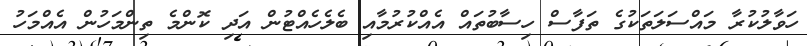
ހަވާލުކުރާ މައްސަލަތަކުގެ ތަފާސް ހިސާބުތައް އެއްކުރުމާއި ބެލެހެއްޓުން އަދި ކޮންމެ ތިންމަހުން އެއްމަހު